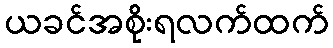
ယခင်အစိုးရလက်ထက်